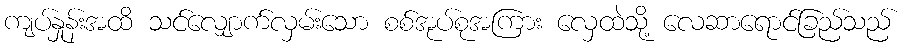
ကျပ်နှုန်းအထိ သင်လျှောက်လှမ်းသော စစ်အုပ်စုအကြား လှေထဲသို့ လေဆာရောင်ခြည်သည်